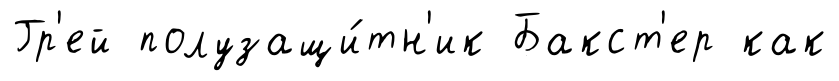
Гр'ей полузащи́тн'ик Бакст'ер как